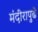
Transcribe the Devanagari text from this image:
मंदीरापुढे